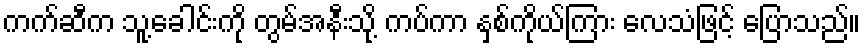
ကက်ဆီက သူ့ခေါင်းကို တွမ်အနီးသို့ ကပ်ကာ နှစ်ကိုယ်ကြား လေသံဖြင့် ပြောသည်။